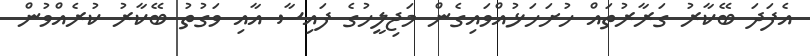
އެފަދަ ބޭކާރު ގަރާރުތައް ހުށަހަޅުއްވައިގެން މަޖިލީހުގެ ފައިސާ އާއި ވަގުތު ބޭކާރު ކުރެއްވުން